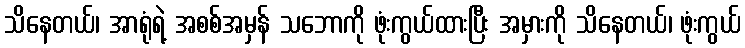
သိနေတယ်၊ အာရုံရဲ့ အစစ်အမှန် သဘောကို ဖုံးကွယ်ထားပြီး အမှားကို သိနေတယ်၊ ဖုံးကွယ်